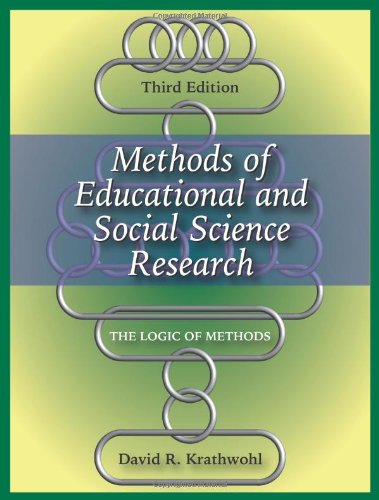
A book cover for Methods of Educational and Social Science Research: The Logic of Methods; David R. Krathwohl; Politics & Social Sciences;